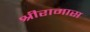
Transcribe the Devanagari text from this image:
श्रीरामास